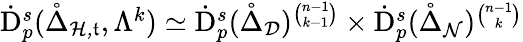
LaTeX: \begin{array}{r}{\dot{\mathrm{D}}_{p}^{s}(\mathring{\Delta}_{\mathcal{H,\mathfrak{t}}},\Lambda^{k})\simeq\dot{\mathrm{D}}_{p}^{s}(\mathring{\Delta}_{\mathcal{D}})^{\binom{n-1}{k-1}}\times\dot{\mathrm{D}}_{p}^{s}(\mathring{\Delta}_{\mathcal{N}})^{\binom{n-1}{k}}}\end{array}